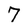
Character: 7